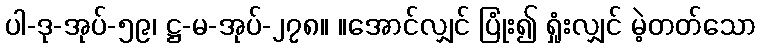
ပါ-ဒု-အုပ်-၅၉၊ ဋ္ဌ-မ-အုပ်-၂၇၈။ ။အောင်လျှင် ပြုံး၍ ရှုံးလျှင် မဲ့တတ်သော